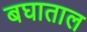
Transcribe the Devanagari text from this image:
बघाताल